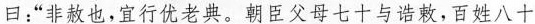
曰：”非赦也，宜行优老典。朝臣父母七十与诰敕，百姓八十